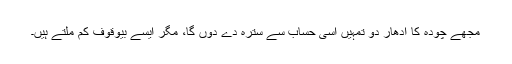
مجھے چودہ کا ادھار دو تمہیں اسی حساب سے سترہ دے دوں گا، مگر ایسے بیوقوف کم ملتے ہیں۔